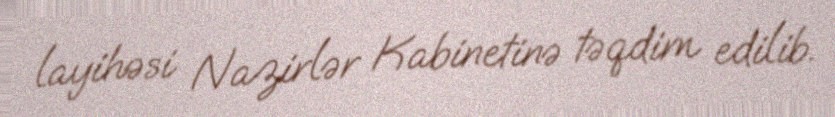
layihəsi Nazirlər Kabinetinə təqdim edilib.